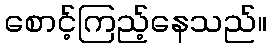
စောင့်ကြည့်နေသည်။